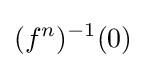
(f^{n})^{-1}(0)